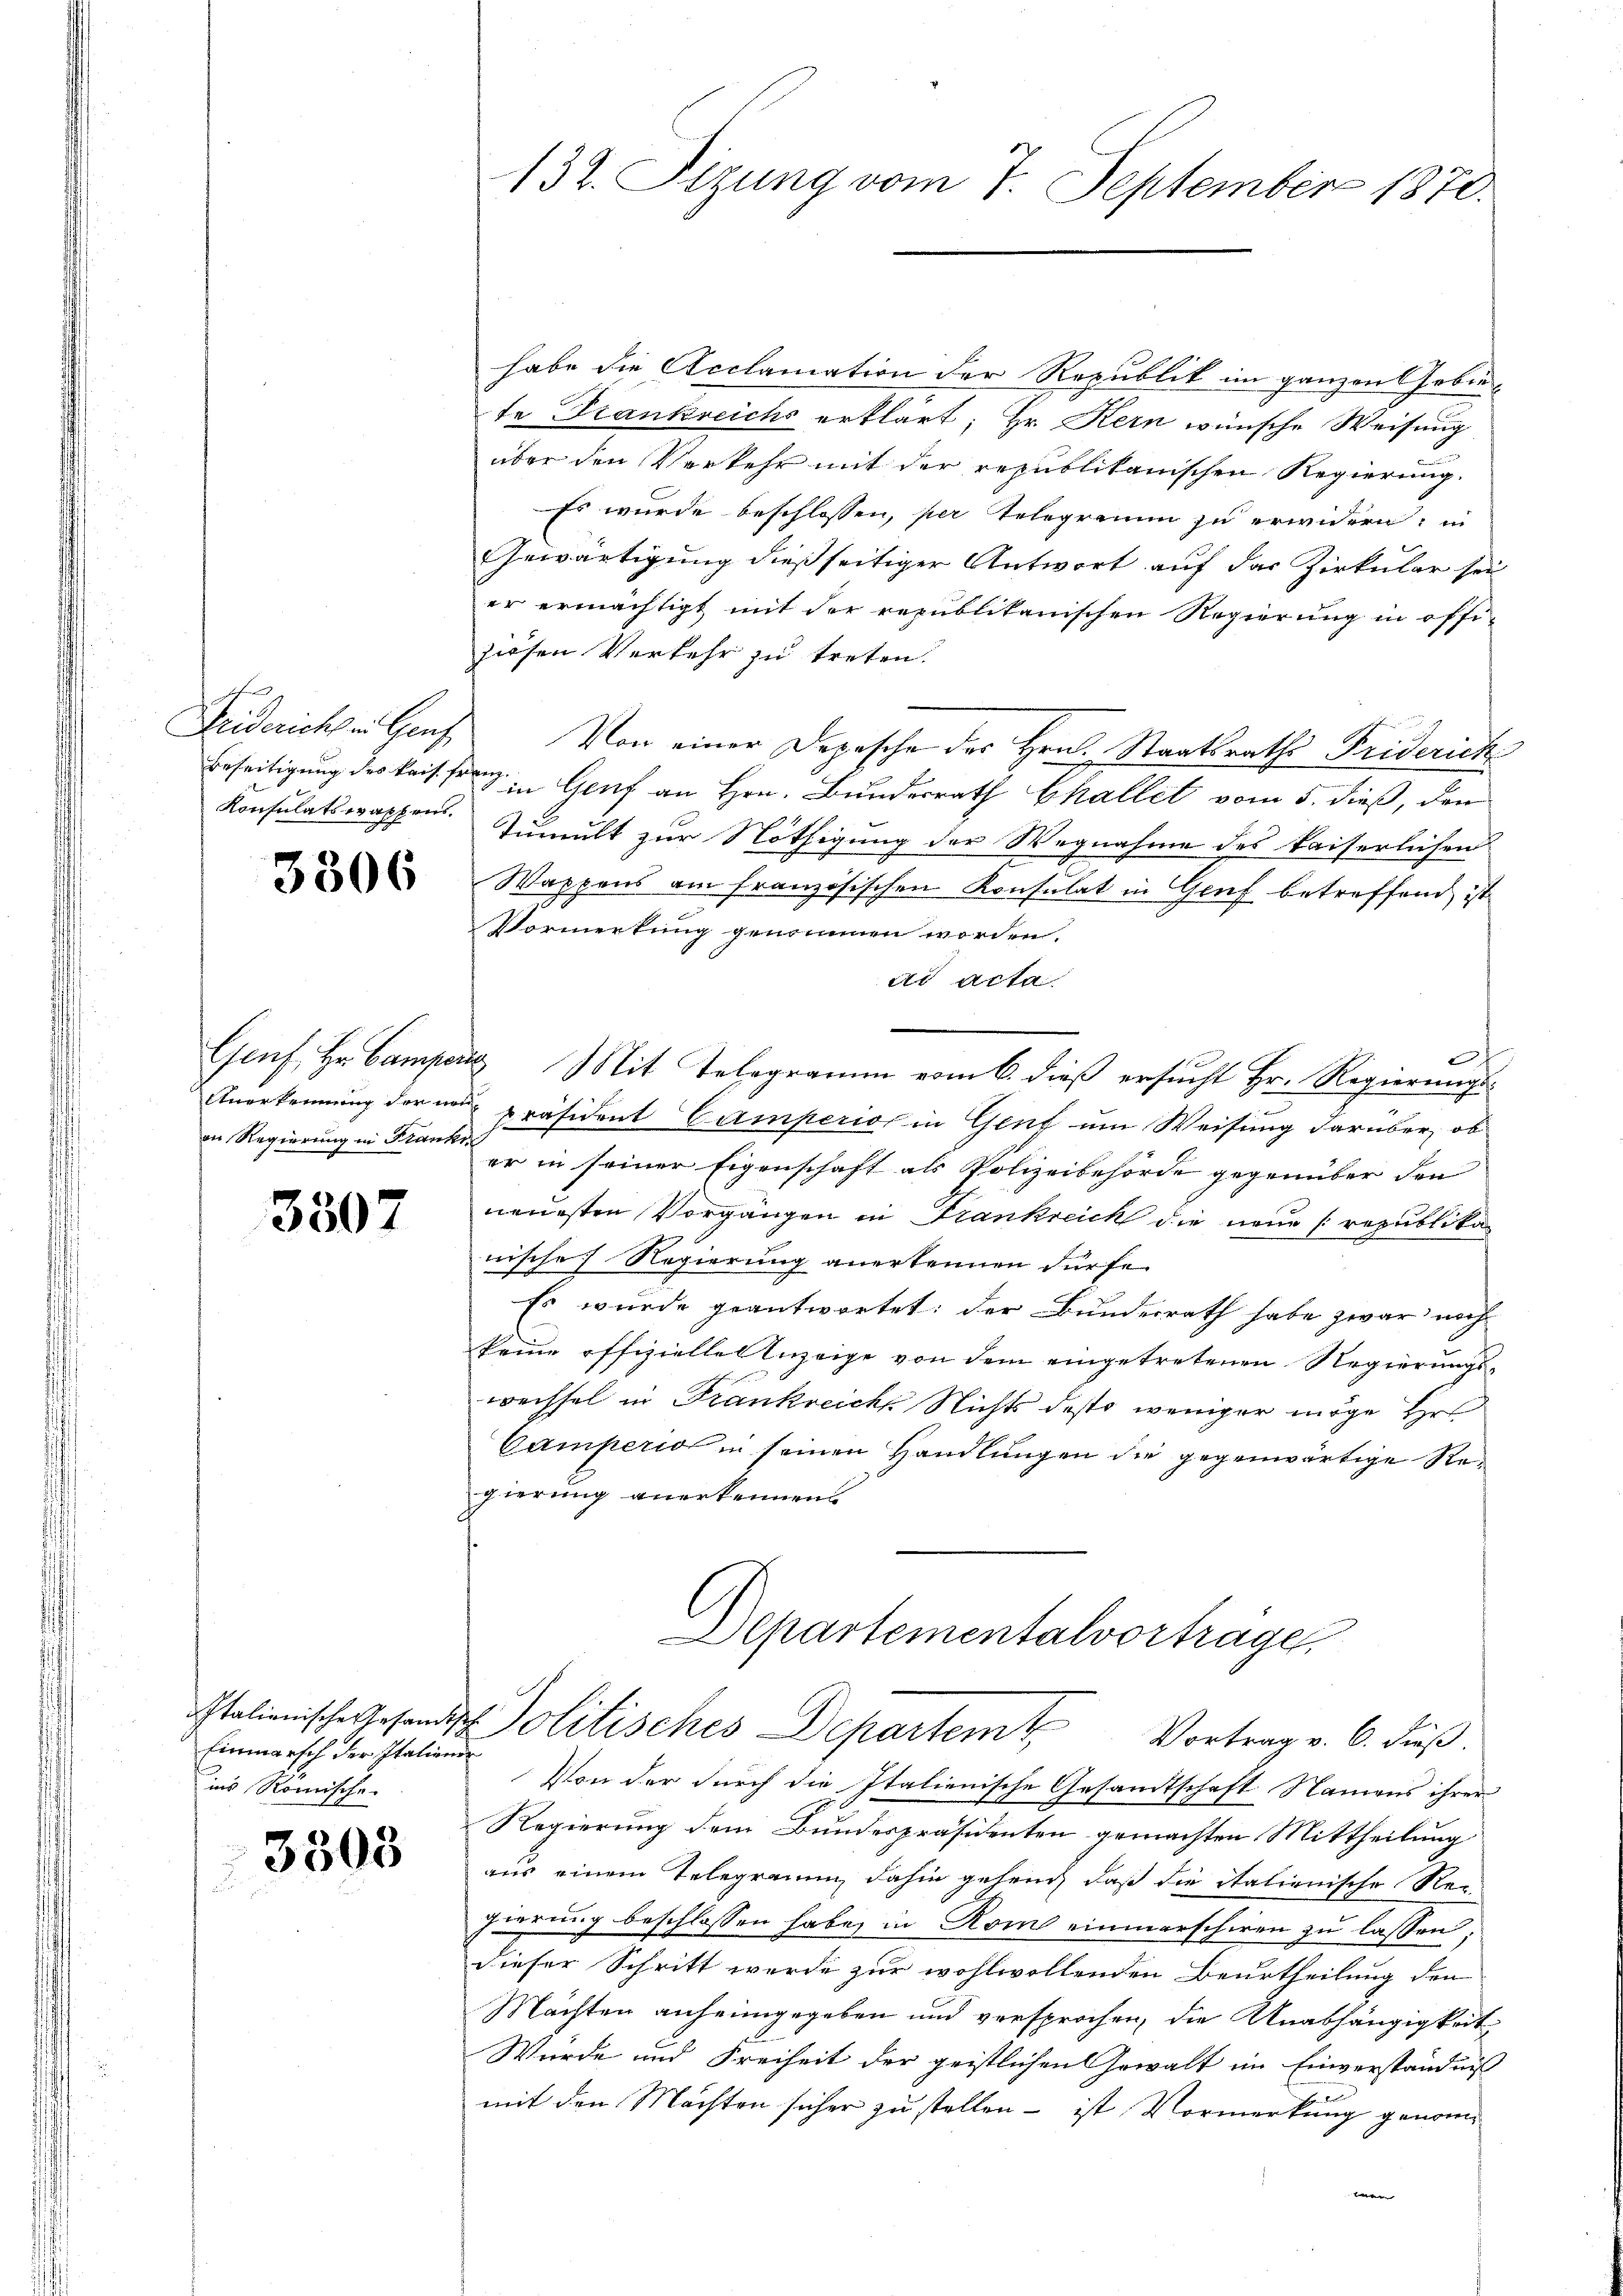
g

3806

Genf, Hr. Campe
an Regierung in Frank

3507

Einmarsch der Italiener
ins Römische

3303

132. Sizung vom 7. September 1870.

habe die Reclamation der Republik im ganzen Gebiete Frankreichs erklärt; Hr. Kern wünsche Weisung
über den Verkehr mit der republikanischen Regierung.
Es wurde beschlossen, per Telegramm zu erwidern, in
Gewärtigung dießseitiger Antwort auf das Zirkular sei
er ermächtigt mit der republikanischen Regierung in offi-
ziehen Verkehr zu treten.
Friderichten Genf. Von einer Depesche des Hrn. Staatsraths Friderich
Beseitigung des Kaisen in Genf an Hrn. Bundesrath Challet vom 5. dieß, den
Konsulatswappen. Tumult zur Nöthigung der Wegnahme des kaiserlichen
Wappens am französischen Konsulat in Gruf betreffend ist
Vormerkung genommen worden.
ad acta
e
aus Mit Telegramm vom 6. dieß ersucht Hr. Regierungs¬
Anerkennung der neue Präsident Camperio in Genf um Weisung darüber, ob
u
er in seiner Eigenschaft als Polizeibehörde gegenüber den
neuesten Vorgängen in Frankreich die neue republika
nische Regierung anerkennen dürfe.
Es wurde geantwortet: der Bundesrath habe zwar noch
keine offizielle Anzeige von dem eingetretenen Regierungs-
wechsel in Frankreich Nichts desto weniger möge Hr.
Camperio in seinen Handlungen die gegenwärtige Regierung anerkennen.

Departementalvorträge.
Italienische Gesandt Politisches Departem Vortrag v. 6. dieß.

Von der durch die Italienische Gesamtschaft Namens ihrer
Regierung dem Bundespräsidenten gemachten Mittheilung
aus einem Telegramm dahin gehend daß die italienische Re-
gierung beschlossen habe, in Rom einmarschiren zu lassen;
dieser Schritt werde zur wohlwollenden Beurtheilung den
Mächten anheimgegeben und versprochen, die Unabhängigkeit
Wurde und Freiheit der geistlichen Gewalt im Einverständniß
mit den Machten sicher zu stellen – ist Vormerkung genommen